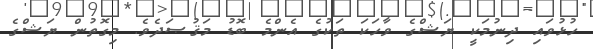
ހުޅުވައި ދިނުމަކީ ޔަޝްގެ ވާހަކަ ތަކުގެ އެންމެ ބޮޑު މަޤުޞަދެވެ. މިގޮތުން ޔަޝްގެ